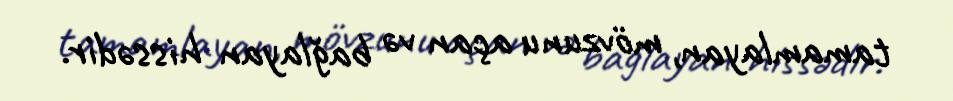
tamamlayan, mövzunu açan və bağlayan hissədir.